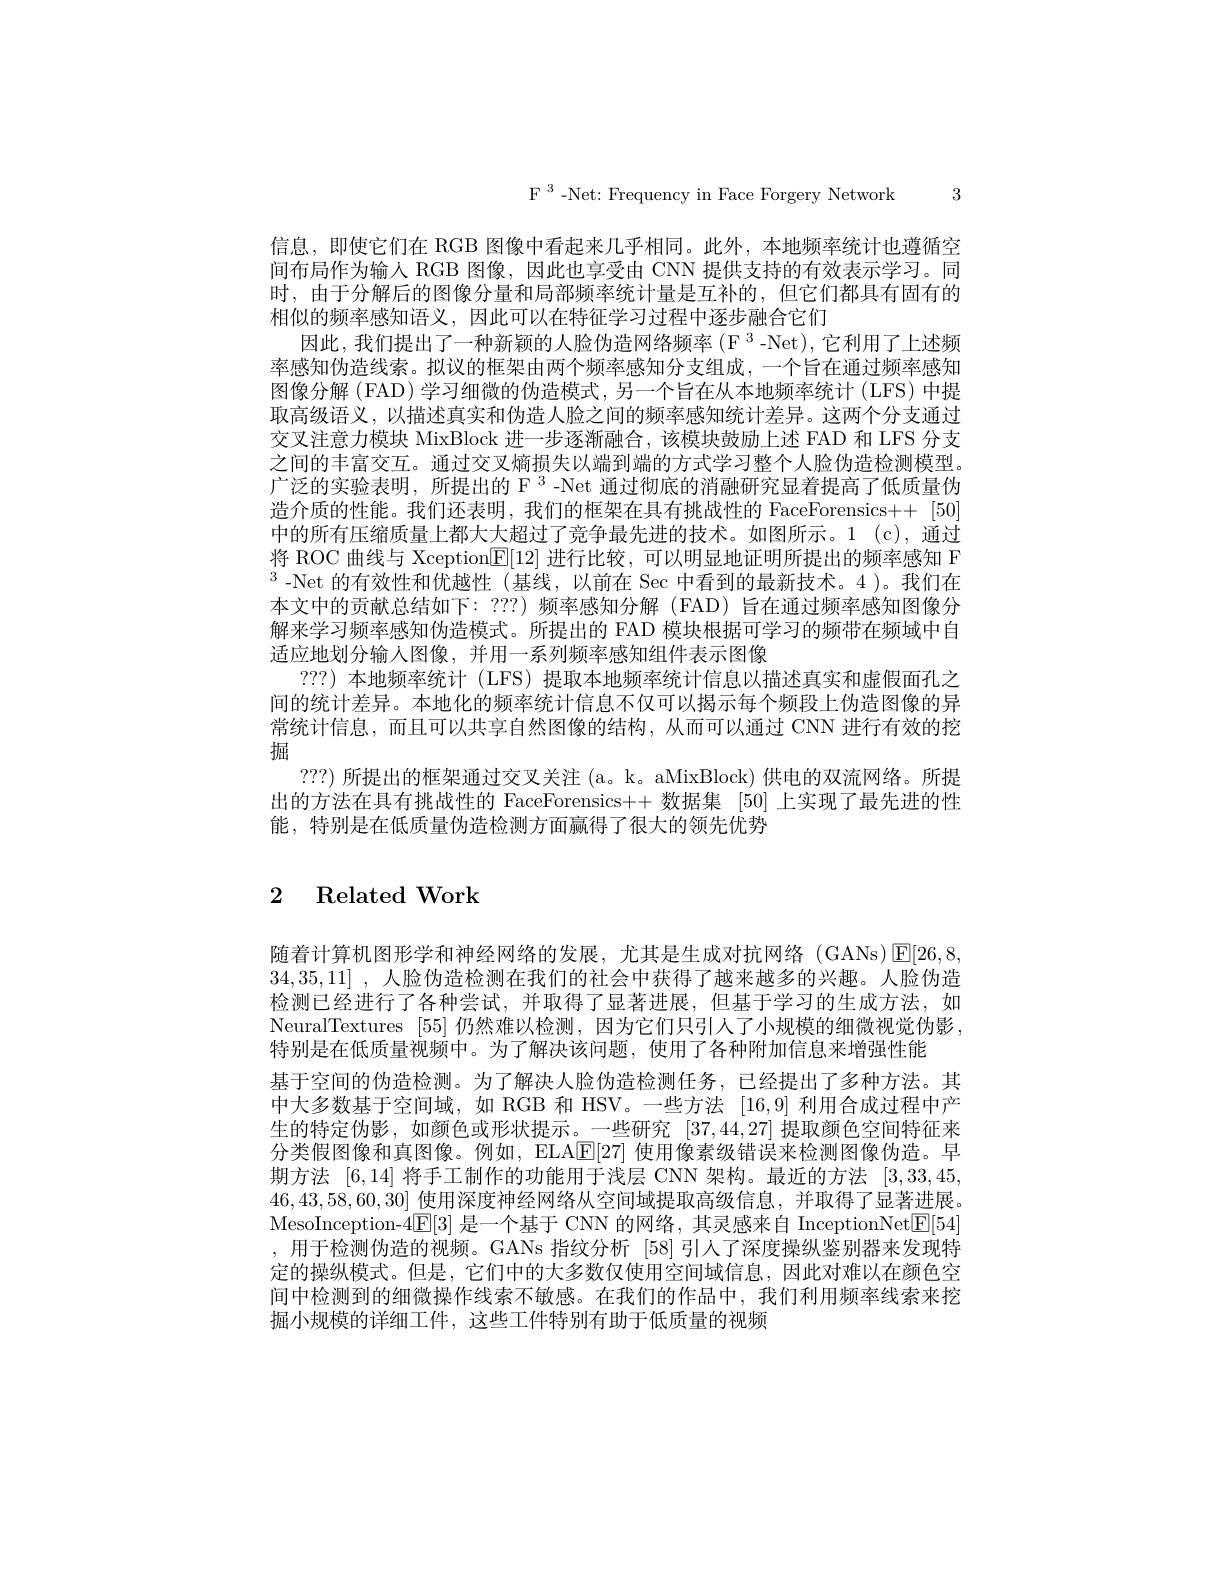
F 3 -Net: Frequency in Face Forgery Network 3

信息，即使它们在 RGB 图像中看起来几乎相同。此外，本地频率统计也遵循空间布局作为输人 RGB 图像，因此也享受由 CNN 提供支持的有效表示学习。同时，由于分解后的图像分量和局部频率统计量是互补的，但它们都具有固有的相似的频率感知语义，因此可以在特征学习过程中逐步融合它们
因此，我们提出了一种新颖的人脸伪造网络频率(F 3-Net),它利用了上述频率感知伪造线索。拟议的框架由两个频率感知分支组成，一个旨在通过频率感知图像分解 (FAD) 学习细微的伪造模式，另一个旨在从本地频率统计 (LFS) 中提取高级语义，以描述真实和伪造人脸之间的频率感知统计差异。这两个分支通过交叉注意力模块 MixBlock 进一步逐渐融合，该模块鼓励上述 FAD 和 LFS 分支之间的丰富交互。通过交叉熵损失以端到端的方式学习整个人脸伪造检测模型。广泛的实验表明，所提出的 F 3 -Net 通过彻底的消融研究显着提高了低质量伪造介质的性能。我们还表明，我们的框架在具有挑战性的 FaceForensics++ [50] 中的所有压缩质量上都大大超过了竞争最先进的技术。如图所示。1 (c),通过将 ROC 曲线与 Xception$\boxed{\mathbb{E}}[12]$进行比较，可以明显地证明所提出的频率感知 F $^3$-Net 的有效性和优越性(基线，以前在 Sec 中看到的最新技术。4)。我们在本文中的贡献总结如下：???) 频率感知分解 (FAD) 旨在通过频率感知图像分解来学习频率感知伪造模式。所提出的 FAD 模块根据可学习的频带在频域中自适应地划分输人图像，并用一系列频率感知组件表示图像
???) 本地频率统计 (LFS) 提取本地频率统计信息以描述真实和虚假面孔之间的统计差异。本地化的频率统计信息不仅可以揭示每个频段上伪造图像的异常统计信息，而且可以共享自然图像的结构，从而可以通过 CNN 进行有效的挖掘
???)所提出的框架通过交叉关注 (a。k。aMixBlock) 供电的双流网络。所提出的方法在具有挑战性的 FaceForensics++ 数据集 [50] 上实现了最先进的性能，特别是在低质量伪造检测方面赢得了很大的领先优势

## 2 Related Work

随着计算机图形学和神经网络的发展，尤其是生成对抗网络(GANs)☑[26,8,1] 34,35,11] , 人脸伪造检测在我们的社会中获得了越来越多的兴趣。人脸伪造检测已经进行了各种尝试，并取得了显著进展，但基于学习的生成方法，如NeuralTextures [55]仍然难以检测，因为它们只引人了小规模的细微视觉伪影， 特别是在低质量视频中。为了解决该问题，使用了各种附加信息来增强性能
基于空间的伪造检测。为了解决人脸伪造检测任务，已经提出了多种方法。其中大多数基于空间域，如 RGB 和 HSV。一些方法 [16,9] 利用合成过程中产生的特定伪影，如颜色或形状提示。一些研究[37,44,27]提取颜色空间特征来分类假图像和真图像。例如，ELA$\overline{\mathrm{E}}[27]$使用像素级错误来检测图像伪造。早期方法[6,14]将手工制作的功能用于浅层 CNN 架构。最近的方法[3,33,45, 46,43,58,60,30]使用深度神经网络从空间域提取高级信息，并取得了显著进展。MesoInception-4$\mathbb{E}[3]$是一个基于 CNN 的网络，其灵感来自 InceptionNet$\underline{\mathrm{E}}[54]$ ,用于检测伪造的视频。GANs 指纹分析 [58]引人了深度操纵鉴别器来发现特定的操纵模式。但是，它们中的大多数仅使用空间域信息，因此对难以在颜色空间中检测到的细微操作线索不敏感。在我们的作品中，我们利用频率线索来挖掘小规模的详细工件，这些工件特别有助于低质量的视频